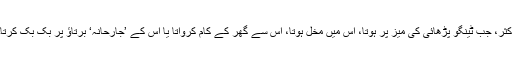
اکثر، جب ٹینگو پڑھائی کی میز پر ہوتا، اس میں مخل ہوتا، اس سے گھر کے کام کرواتا یا اس کے ’جارحانہ‘ برتاؤ پر بک بک کرتا۔